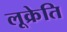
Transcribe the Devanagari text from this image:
लूक्रेति